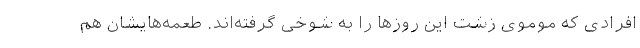
افرادی که موموی زشت این روزها را به شوخی گرفته‌اند. طعمه‌هایشان هم